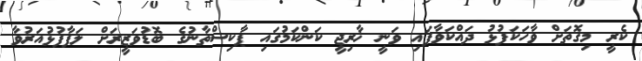
ކެރީ މިގޮތަށް ވާހަކަފުޅު ދައްކަވާފައި ވަނީ ޚާރިޖީ ކަންކަމުގައި ޕާކިސްތާނުގެ ބޮޑުވަޒީރަށް ލަފާފުޅުއަރުވާ